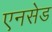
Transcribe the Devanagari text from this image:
एनसेड